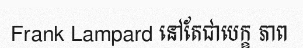
Frank Lampard នៅតែជាបេក្ខ ភាព